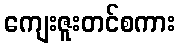
ကျေးဇူးတင်စကား